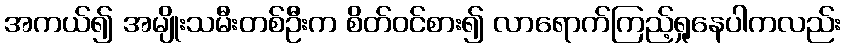
အကယ်၍ အမျိုးသမီးတစ်ဦးက စိတ်ဝင်စား၍ လာရောက်ကြည့်ရှုနေပါကလည်း